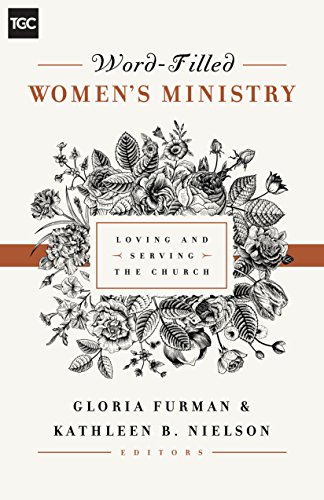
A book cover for Word-Filled Women's Ministry: Loving and Serving the Church (The Gospel Coalition); Christian Books & Bibles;